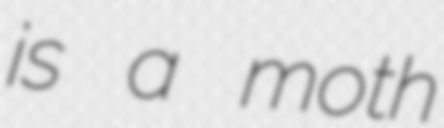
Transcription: is a moth